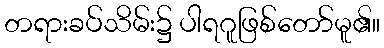
တရားခပ်သိမ်း၌ ပါရဂူဖြစ်တော်မူ၏။